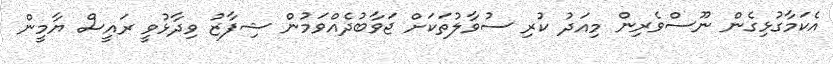
އެކަމާގުޅިގެން ނޫސްވެރިން މިއަދު ކުރި ސުވާލުތަކަށް ޖަވާބުދެއްވަމުން ޝިފާޒު ވިދާޅުވީ ރައީސް ޔާމީން